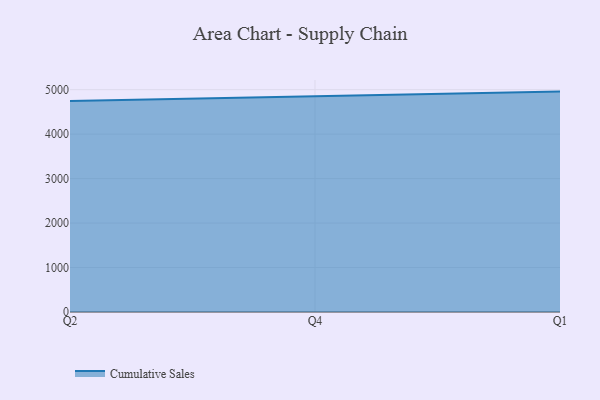
{"axis": {"x": "Quarter", "y": "Net Income (USD K)"}, "legend": ["Cumulative Sales"], "data": [{"x": "Q2", "y": 4742.9, "type": "Cumulative Sales"}, {"x": "Q4", "y": 4842.7, "type": "Cumulative Sales"}, {"x": "Q1", "y": 4956.5, "type": "Cumulative Sales"}]}